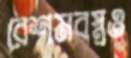
রেশমবস্ত্রও